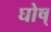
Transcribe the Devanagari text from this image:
घोष्